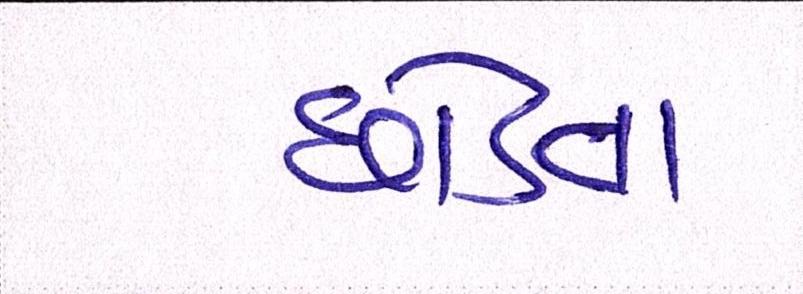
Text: છોડતા